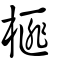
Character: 榧